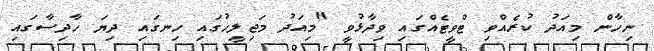
ނިހާން މިއަދު ކުރެއްވި ޓްވީޓެއްގައި ވިދާޅުވީ "މިއަދު މަޖިލީހުގައި ހިނގައި ދިޔަ ހާދިސާގައި